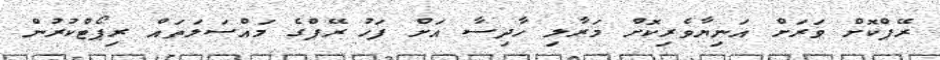
ރޭޕްކޮށް ވަރަށް އަނިޔާވެރިކޮށް މަރާލި ހާދިސާ އަށް ފަހު ރޭޕްގެ މައްސަލަތައް ރިޕޯޓްކުރުން